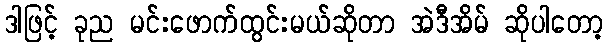
ဒါဖြင့် ခုည မင်းဖောက်ထွင်းမယ်ဆိုတာ အဲဒီအိမ် ဆိုပါတော့